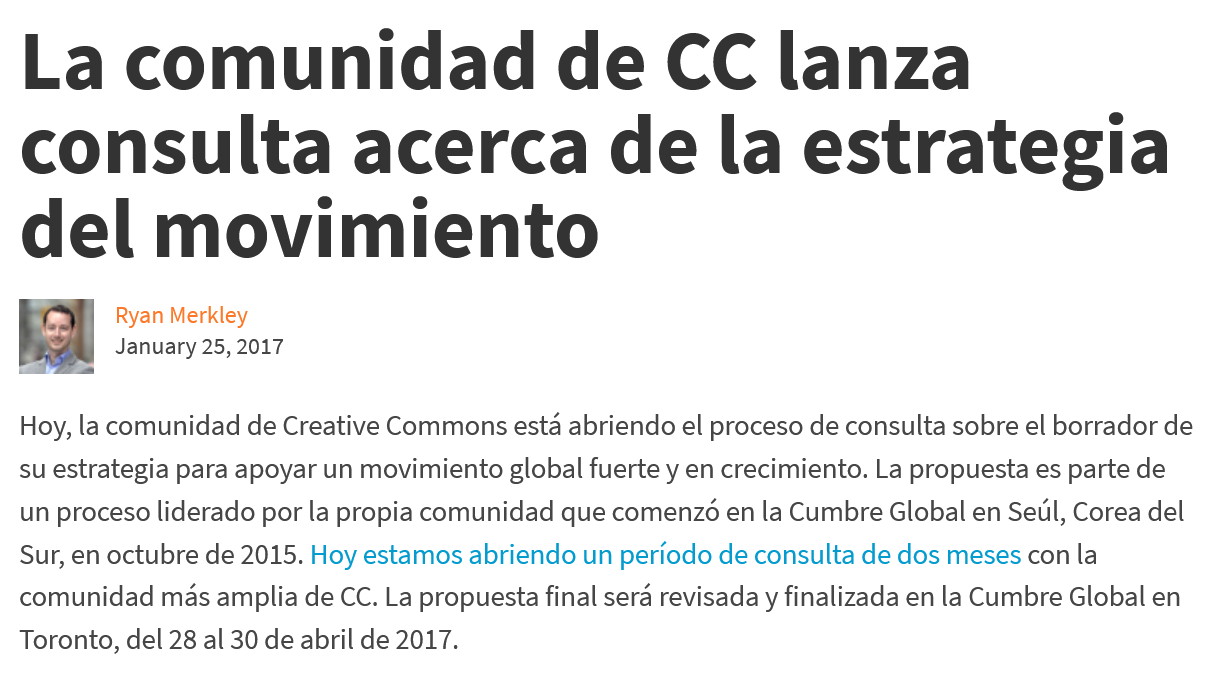
La    comunidad    de    CC    lanza
  consulta    acerca    de la    estrategia
  del    movimiento
     Ryan Merkley
     January 25, 2017
  Hoy, la comunidad de Creative Commons esta abriendo el proceso de consulta sobre el borrador de
  su estrategia para apoyar un movimiento global fuerte y en crecimiento. La propuesta es parte de
  un proceso liderado por la propia comunidad que comenzé en la Cumbre Global en Seul, Corea del
  Sur, en octubre de 2015. Hoy estamos abriendo un periodo de consulta de dos meses con la
  comunidad mas amplia de CC. La propuesta final sera revisada y finalizada en la Cumbre Global en
  Toronto, del 28 al 30 de abril de 2017.